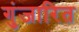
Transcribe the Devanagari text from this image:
गुंजारित